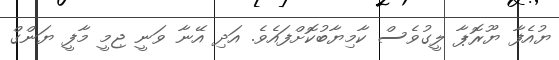
ޔުއެފާ ޔޫރޮޕާ ލީގުވެސް ކާމިޔާބުކޮށްފައެވެ. އަދި އޭނާ ވަނީ ޖިމީ މާފީ ޔަންގް